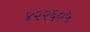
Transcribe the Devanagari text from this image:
४२२६०५